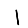
Digit: 1